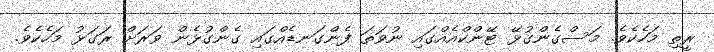
ރީތި މަހެކެވެ. މަސްގެންގުޅޭ ޓޭންކްއެއްގައި ނުވަތަ ފެންގަނޑެއްގައި ގެންގުޅެން ވަރަށް ރަގަޅު މަހެކެވެ.